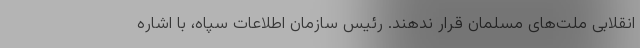
انقلابی ملت‌های مسلمان قرار ندهند. رئیس سازمان اطلاعات سپاه، با اشاره